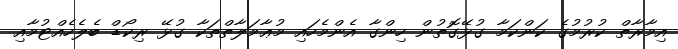
އިމާރާތް ކުރުމުގެ ކަންކަމާ ގުޅޭގޮތުން ހިންގާ އެންމެހައި މުޢާމަލާތްތަކާ ގުޅޭ ރިކޯޑް ބެލެހެއްޓުމާއި